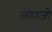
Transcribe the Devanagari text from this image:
जहाज़ो